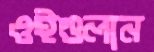
ওইগুলান